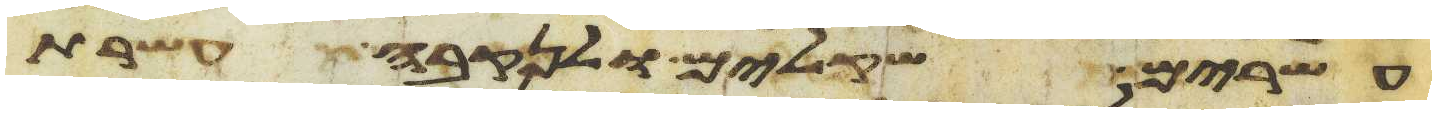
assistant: עשרים שקלים ולנקבה עשרת